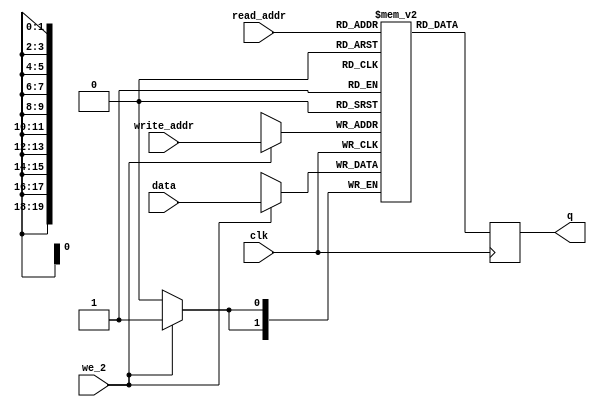
// Quartus Prime Verilog Template
// Simple Dual Port RAM with separate read/write addresses and
// single read/write clock

module FB_red_mem
#(parameter DATA_WIDTH=2, parameter ADDR_WIDTH=20)
(
	input [(DATA_WIDTH-1):0] data,
	input [(ADDR_WIDTH-1):0] read_addr, write_addr, 
	input we_2, clk,
	output reg [(DATA_WIDTH-1):0] q
);
  

	// Declare the RAM variable
	reg [DATA_WIDTH-1:0] r_ram[614399:0];
	
	always @ (posedge clk)
	begin
		// Write
		if (we_2)
		   begin
			r_ram[write_addr] <= data;
         end
	end
	
	always @ (posedge clk)
	begin
	
		
		   q <= r_ram[read_addr] ;
			//r_ram[read_addr] = 0 ;
			
	end

endmodule